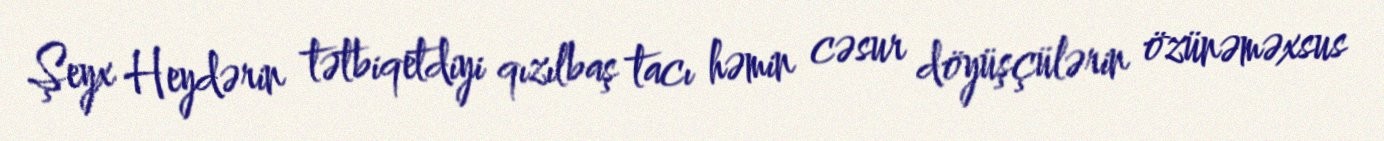
Şeyx Heydərin tətbiqetdiyi qızılbaş tacı həmin cəsur döyüşçülərin özünəməxsus